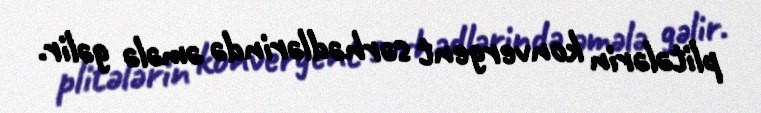
plitələrin konvergent sərhədlərində əmələ gəlir.